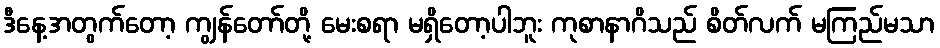
ဒီနေ့အတွက်တော့ ကျွန်တော်တို့ မေးစရာ မရှိတော့ပါဘူး ကုစာနာဂိသည် စိတ်လက် မကြည်မသာ